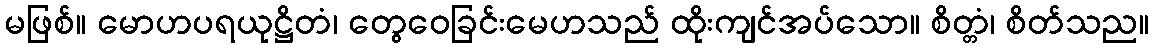
မဖြစ်။ မောဟပရယုဋ္ဌိတံ၊ တွေဝေခြင်းမေဟသည် ထိုးကျင်အပ်သော။ စိတ္တံ၊ စိတ်သည။